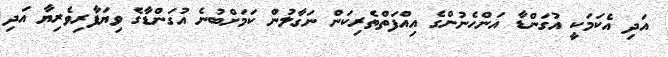
އަދި އެކަމަކީ އުގަންޑާ އަންހެނުންގެ އިއްފަތްތެރިކަން ނަގާލުން ކަމަށްބުނެ އުގަންޑާގެ ވިޔަފާރިވެރިޔާ އަދި